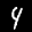
Label: 4